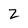
Character: 2